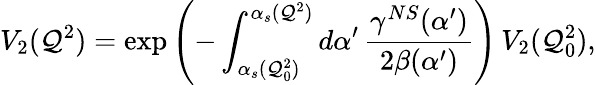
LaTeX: V_{2}(\mathcal{Q}^{2})=\exp\left(-\int_{\alpha_{s}(\mathcal{Q}_{0}^{2})}^{\alpha_{s}(\mathcal{Q}^{2})}d\alpha^{\prime}\, \frac{{\gamma^{NS}(\alpha^{\prime})}}{{2\beta(\alpha^{\prime})}}\right)\, V_{2}(\mathcal{Q}_{0}^{2}),